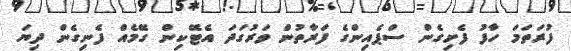
ފުރަތަމަ ހާފު ފެށިގެން ސްޕެއިންގެ ފަރާތުން ވަރުގަދަ އެޓޭކިން ގޭމެއް ފެނިގެން ދިޔަ